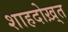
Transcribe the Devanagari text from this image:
शाहदोख़्त